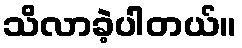
သိလာခဲ့ပါတယ်။